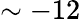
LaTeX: \sim-12